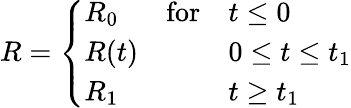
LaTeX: R=\left\{ \begin{array}{lll}{{R_{0}}}&{{\mathrm{for}}}&{{t\leq 0}}\\ {{R(t)}}&{{}}&{{0\leq t\leq t_{1}}}\\ {{R_{1}}}&{{}}&{{t\geq t_{1}}}\end{array}\right.